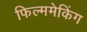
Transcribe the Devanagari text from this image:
फिल्ममेकिंग